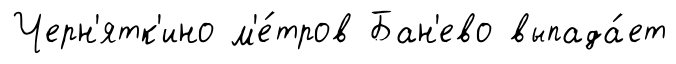
Черн'ятк'ино м'е́тров Бан'ево выпада́ет